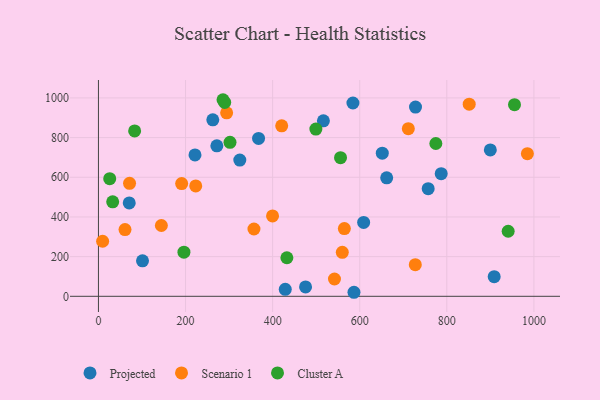
{"axis": {"x": "Experience", "y": "Profit"}, "legend": ["Cluster A", "Projected", "Scenario 1"], "data": [{"x": "609.0", "y": 372.4, "type": "Projected"}, {"x": "787.1", "y": 618.3, "type": "Projected"}, {"x": "728.1", "y": 953.7, "type": "Projected"}, {"x": "651.8", "y": 721.5, "type": "Projected"}, {"x": "586.8", "y": 20.3, "type": "Projected"}, {"x": "475.6", "y": 47.1, "type": "Projected"}, {"x": "367.7", "y": 795.9, "type": "Projected"}, {"x": "661.9", "y": 597.1, "type": "Projected"}, {"x": "70.7", "y": 470.7, "type": "Projected"}, {"x": "899.9", "y": 737.8, "type": "Projected"}, {"x": "908.8", "y": 98.7, "type": "Projected"}, {"x": "429.0", "y": 35.2, "type": "Projected"}, {"x": "101.2", "y": 178.7, "type": "Projected"}, {"x": "221.7", "y": 712.9, "type": "Projected"}, {"x": "262.6", "y": 889.5, "type": "Projected"}, {"x": "584.4", "y": 974.3, "type": "Projected"}, {"x": "324.6", "y": 686.6, "type": "Projected"}, {"x": "516.6", "y": 884.6, "type": "Projected"}, {"x": "271.9", "y": 758.4, "type": "Projected"}, {"x": "757.2", "y": 542.6, "type": "Projected"}, {"x": "560.0", "y": 221.6, "type": "Scenario 1"}, {"x": "399.8", "y": 405.0, "type": "Scenario 1"}, {"x": "61.0", "y": 336.2, "type": "Scenario 1"}, {"x": "191.1", "y": 568.0, "type": "Scenario 1"}, {"x": "985.0", "y": 719.0, "type": "Scenario 1"}, {"x": "727.6", "y": 159.4, "type": "Scenario 1"}, {"x": "294.4", "y": 924.9, "type": "Scenario 1"}, {"x": "144.5", "y": 356.8, "type": "Scenario 1"}, {"x": "851.4", "y": 968.7, "type": "Scenario 1"}, {"x": "564.7", "y": 341.5, "type": "Scenario 1"}, {"x": "542.0", "y": 87.1, "type": "Scenario 1"}, {"x": "711.6", "y": 845.2, "type": "Scenario 1"}, {"x": "420.8", "y": 859.4, "type": "Scenario 1"}, {"x": "71.4", "y": 569.3, "type": "Scenario 1"}, {"x": "223.4", "y": 556.2, "type": "Scenario 1"}, {"x": "357.1", "y": 339.2, "type": "Scenario 1"}, {"x": "9.6", "y": 277.5, "type": "Scenario 1"}, {"x": "25.9", "y": 592.7, "type": "Cluster A"}, {"x": "499.3", "y": 843.0, "type": "Cluster A"}, {"x": "432.7", "y": 194.3, "type": "Cluster A"}, {"x": "555.9", "y": 698.7, "type": "Cluster A"}, {"x": "302.1", "y": 776.2, "type": "Cluster A"}, {"x": "940.9", "y": 328.0, "type": "Cluster A"}, {"x": "955.4", "y": 965.8, "type": "Cluster A"}, {"x": "196.3", "y": 222.6, "type": "Cluster A"}, {"x": "286.0", "y": 990.9, "type": "Cluster A"}, {"x": "774.8", "y": 770.2, "type": "Cluster A"}, {"x": "289.9", "y": 977.1, "type": "Cluster A"}, {"x": "83.1", "y": 833.7, "type": "Cluster A"}, {"x": "32.7", "y": 476.0, "type": "Cluster A"}]}